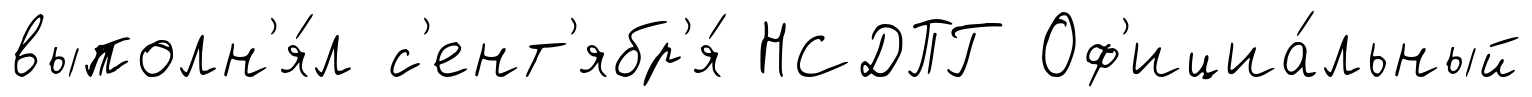
выполн'я́л с'ент'ябр'я́ НСДПГ Оф'ициа́льный